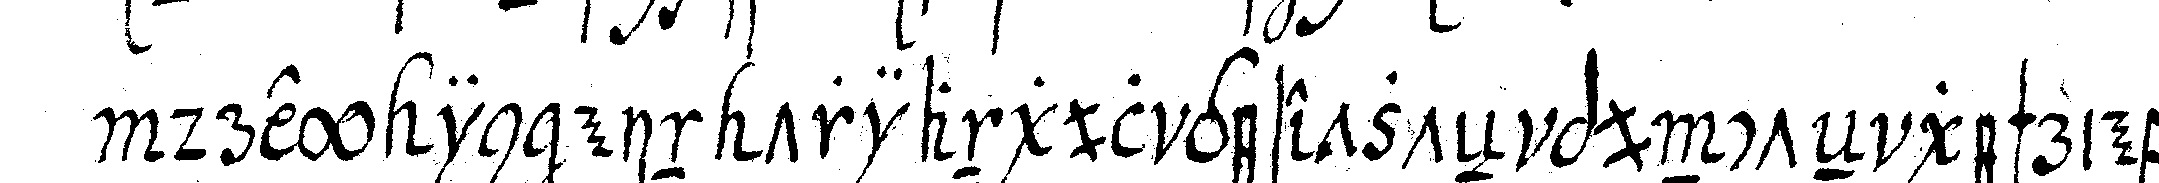
drey in ein triangul gesetzteN puncteN geschriebeN